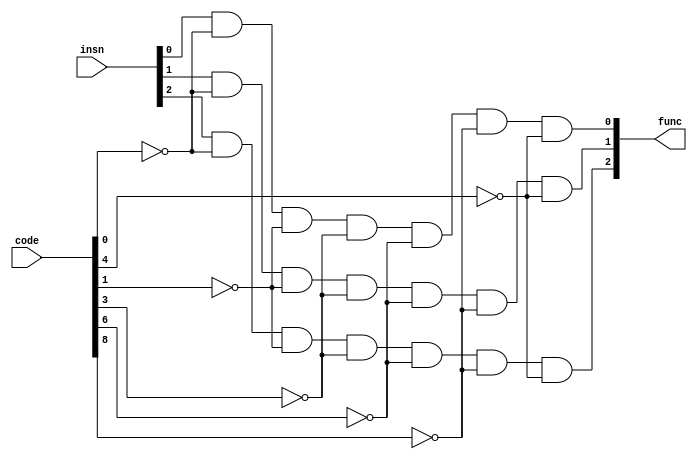
/* Mdulo "gate" responsvel por gerar o sinal func 
Fora a sada ser 000 caso code seja um entre: 0000000001, 0000000010, 0000001000, 0000010000, 0001000000, 0100000000.
Caso contrrio, apenas transmite direto o sinal recebido da instruo insn */
module func_mux (
    code, insn, func
);
    input [2:0] insn; // Instruo
    input [9:0] code; // Cdigo gerado pelo OPDecoder
    output [2:0] func; // Sinal func gerado

    and U0 (func[0], insn[0], ~code[0], ~code[1], ~code[3], ~code[6], ~code[8], ~code[4]);
    and U1 (func[1], insn[1], ~code[0], ~code[1], ~code[3], ~code[6], ~code[8], ~code[4]);
    and U2 (func[2], insn[2], ~code[0], ~code[1], ~code[3], ~code[6], ~code[8], ~code[4]);

endmodule